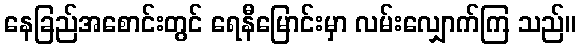
နေခြည်အစောင်းတွင် ရေနီမြောင်းမှာ လမ်းလျှောက်ကြ သည်။